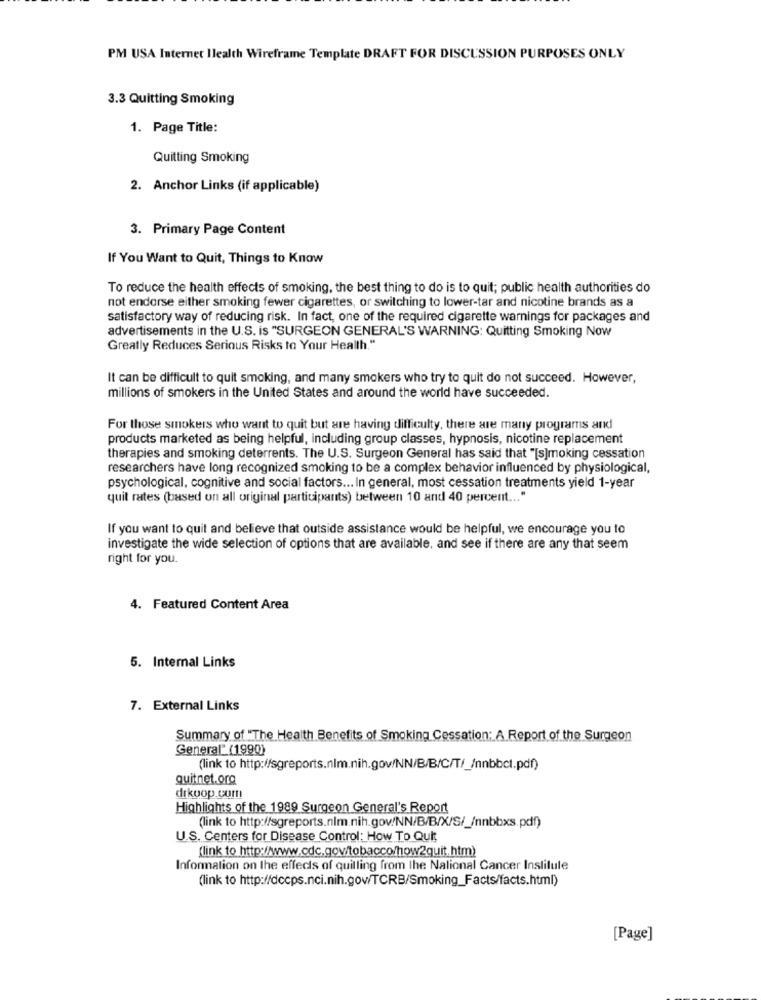
PM USA Internet Ilealth Wireframe Template DRAFT FOR DISCUSSION PURPOSES ONLY
3.3 Quitting Smoking
1. Page Title:
Quitting Smoking
2. Anchor Links (if applicable)
3. Primary Page Content
If You Want to Quit, Things to Know
To reduce the health effects of smoking, the best thing to do is to quit; public health authorities do
not endorse either smoking fewer cigarettes, or switching to lower-tar and nicotine brands as a
satisfactory way of reducing risk. In fact, one of the required cigarette warnings for packages and
advertisements in the U.S. is "SURGEON GENERAL'S WARNING: Quitting Smoking Now
Greatly Reduces Serious Risks to Your Health."
It can be difficult to quit smoking, and many smokers who try to quit do not succeed. However,
millions of smokers in the United States and around the world have succeeded.
For those smokers who want to quit but are having difficulty, there are many programs and
products marketed as being helpful, including group classes, hypnosis, nicotine replacement
therapies and smoking deterrents. The U.S. Surgeon General has said that "[s]moking cessation
researchers have long recognized smoking to be a complex behavior influenced by physiological,
psychological, cognitive and social factors ... In general, most cessation treatments yield 1-year
quit rates (based on all original participants) between 10 and 40 percent ... "
If you want to quit and believe that outside assistance would be helpful, we encourage you to
investigate the wide selection of options that are available, and see if there are any that seem
right for you.
4. Featured Content Area
5. Internal Links
7. External Links
Summary of "The Health Benefits of Smoking Cessation: A Report of the Surgeon
General" (1990)
(link to http://sgreports.nlm.nih.gov/NN/B/B/C/T/_/nnbbct.pdf)
quitnet.org
drkoop.com
Highlights of the 1989 Surgeon General's Report
(link to http://sgreports.nlm.nih.gov/NN/B/B/X/S/_/nnbbxs.pdf)
U.S. Centers for Disease Control: How To Quit
[link to http://www.cdc.gov/tobacco/how2quit.htm)
Information on the effects of quilling from the National Cancer Institute
(link to http://dccps.nci.nih.gov/TCRB/Smoking_Facts/facts.html)
[Page]